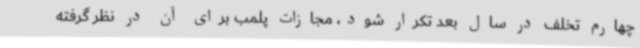
چهارم تخلف در سال بعد تکرار شود، مجازات پلمب برای آن در نظر گرفته